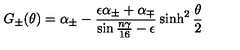
G _ { \pm } ( \theta ) = \alpha _ { \pm } - \frac { \epsilon \alpha _ { \pm } + \alpha _ { \mp } } { \sin { \frac { n \gamma } { 1 6 } } - \epsilon } \sinh ^ { 2 } \frac { \theta } { 2 }